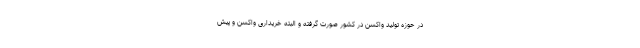
در حوزه تولید واکسن در کشور صورت گرفته و البته خریداری واکسن و پیش